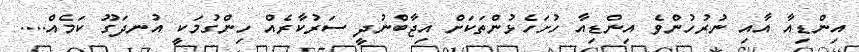
އިންޑިއާ އާއި ނުރުހުންވެ އިންޑިއާ ހުށަހެޅުންތަކަށް އިޖާބްނުދީ ސަރުކާރެއް ހިންގުމަކީ އުނދަގޫ ކަމެއް....